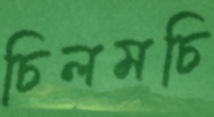
চিলমচি